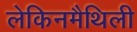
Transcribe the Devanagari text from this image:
लेकिनमैथिली